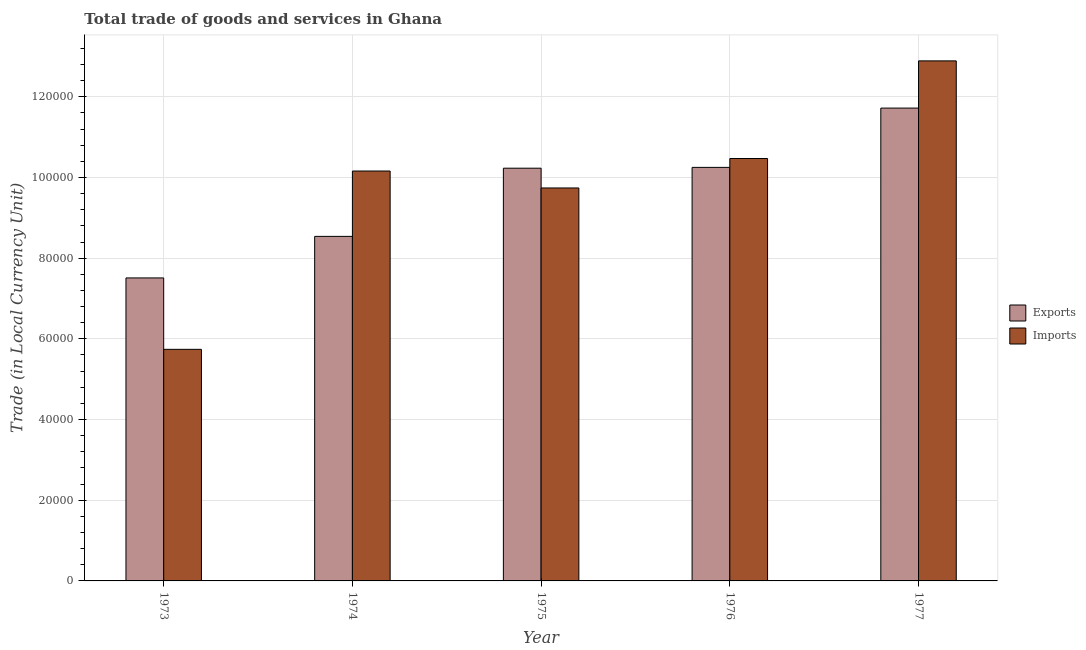
| Year | Exports | Imports |
 | --- | --- | --- |
 | 1973 | 7.51e+04 | 5.74e+04 |
 | 1974 | 8.54e+04 | 1.02e+05 |
 | 1975 | 1.02e+05 | 9.74e+04 |
 | 1976 | 1.02e+05 | 1.05e+05 |
 | 1977 | 1.17e+05 | 1.29e+05 |